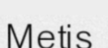
Metis